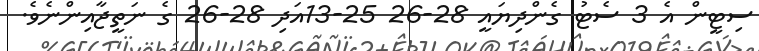
ސިޓީން އެ 3 ސެޓު ގެންދިޔައީ 28-26 25-13އަދި 28-26 ގެ ނަތީޖާއިންނެވެ.